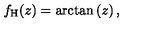
f _ { \mathrm { H } } ( z ) = \arctan \left( z \right) ,